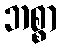
ဘစ္စာ